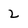
Character: 2